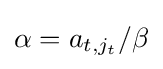
\alpha =a_{t,j_{t}}/\beta